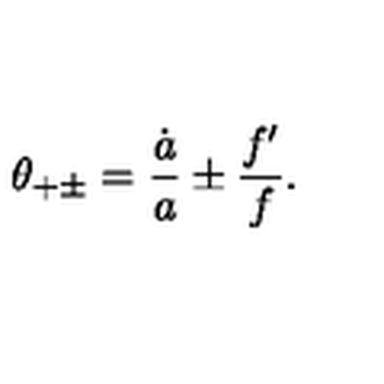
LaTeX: \theta _ { + \pm } = { \frac { \dot { a } } { a } } \pm { \frac { f ^ { \prime } } { f } } .